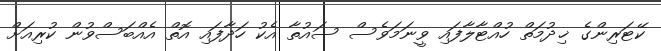
ކޭޓަރިންގެ ޚިދުމަތް ހުއްޓާލާފައި ވީނަމަވެސް ސައުތާ އެކު ހަދާފައި އޮތް އެއްބަސްވުން ކުރިއަށް